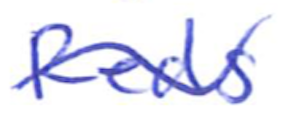
Text: Reds
Cross-out: wave
Writing tool: ballpoint